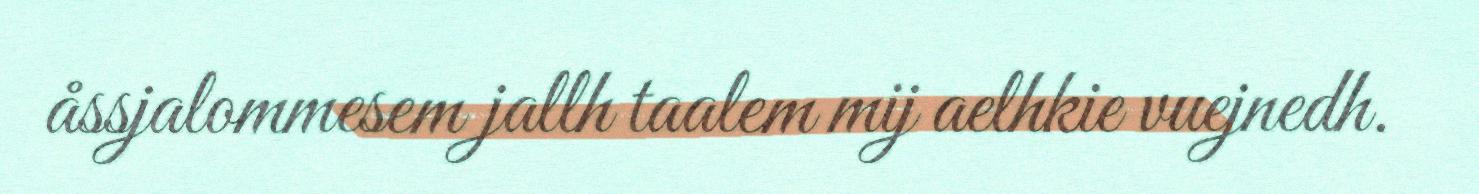
åssjalommesem jallh taalem mij aelhkie vuejnedh.